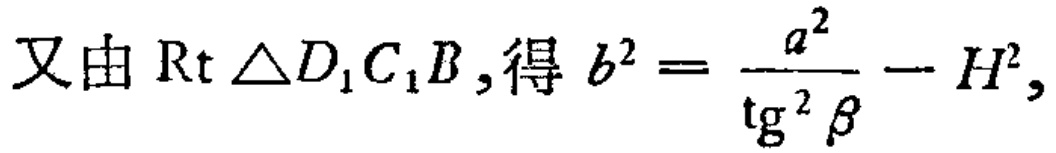
又由$\mathrm{Rt}\triangle D_{1}C_{1}B$,得$b^{2}=\frac{a^{2}}{\mathrm{tg}^{2}\beta}-H^{2}$,